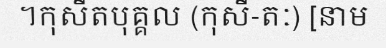
។កុសីតបុគ្គល (កុសី-តៈ) [នាម